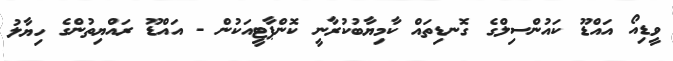
ވީޑިއޯ އައްޑޫ ކައުންސިލްގެ ގޮނޑިތައް ކާމިޔާބުކުރާނީ ކޮންޕާޓީއަކުން - އައްޑޫ ރައްޔިތުންގެ ހިޔާލު